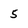
Character: 5